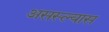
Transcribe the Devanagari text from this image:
असस्ल्यास